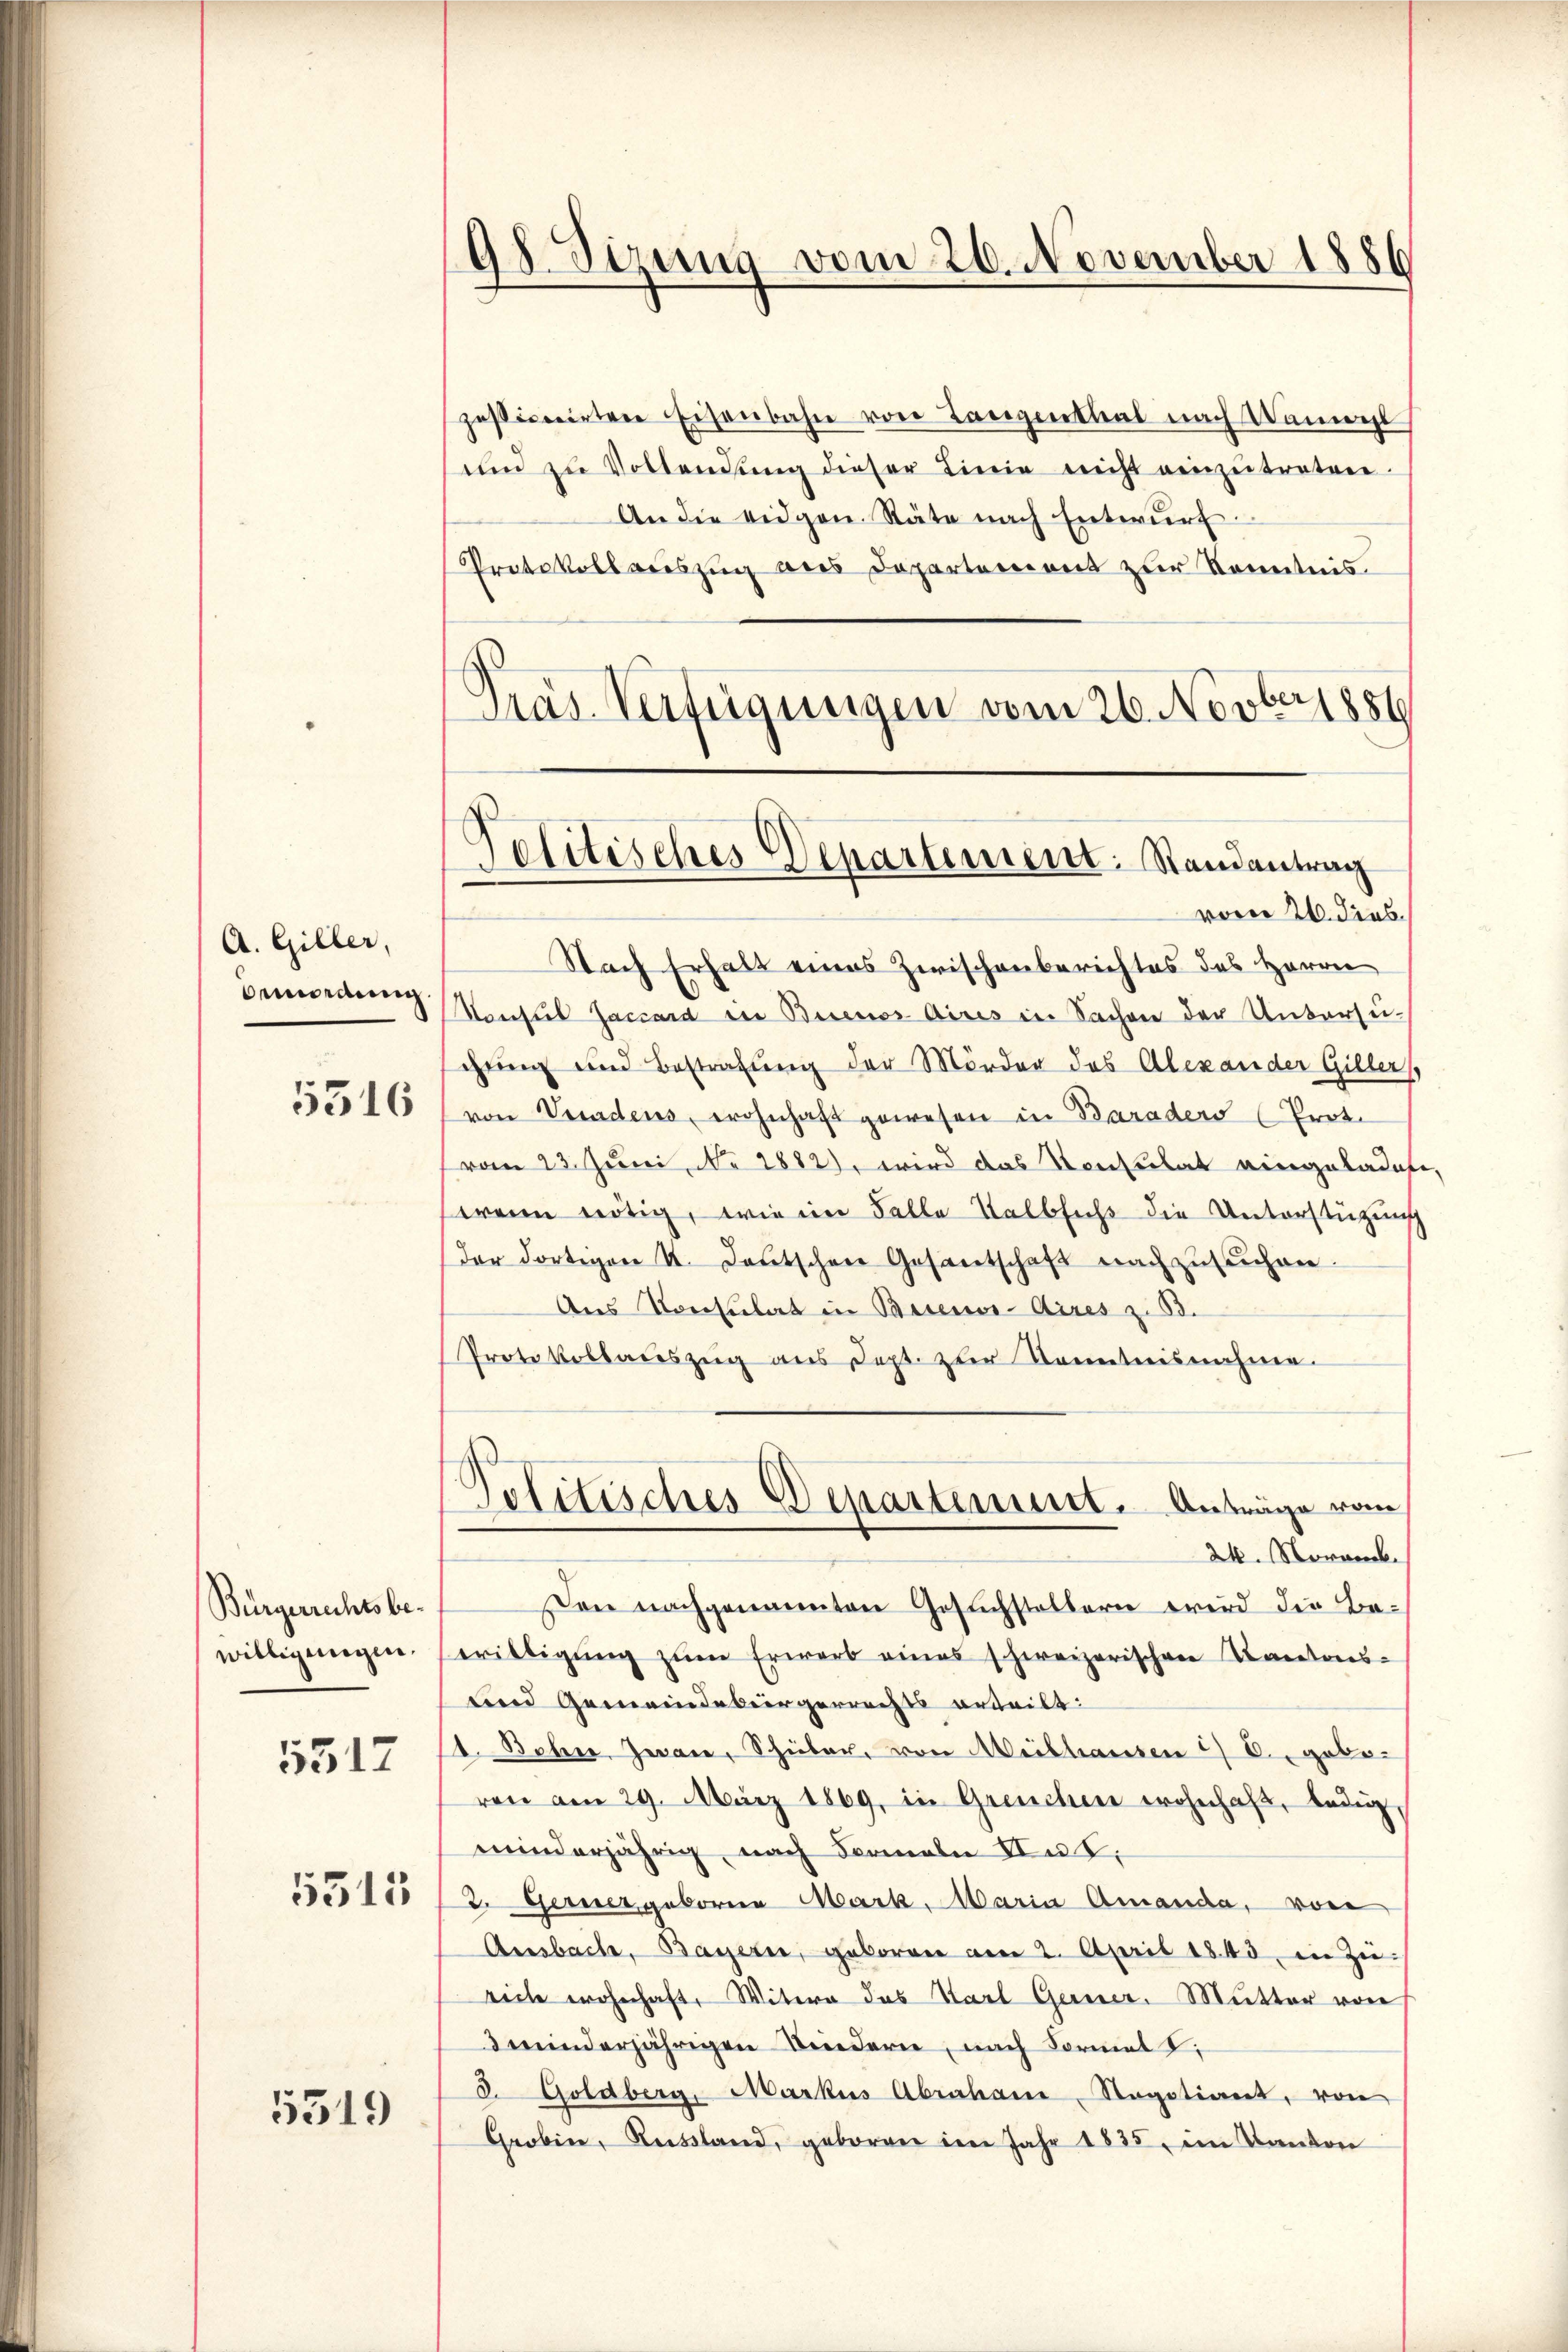
A. Giller,
benordnung

5516

Bürgerrechtsbewilligungen.
5517
5315

5519

pessionirten Eisenbahn von Langenthal nach Nament
und zu Vollendŭng dieser Linie nicht einzŭtreten.
An die eidgen. Räte nach Entwŭrf
Protokollauszug aus Departement zur Kenntnis.
Präs. Verfügungen vom 26. Novber 1886

98 Sizung vom 20. November 1886

Politisches Departement. Randantrag
vom 26. dies

d
Politisches Departement. Anträge vom

Nach Erhalt eines Zwischenberichtes des Herrn
Konsul Jacsard in Buenos Aires in Sachen der Untersuschung und Bestrafung der Mörder des Alexander Gillers
von Veradens, wohnhaft gewesen in Baraders (Prot.
vom 23. Juni, No 1882 wird das Konsulat eingeladete,
wenn nötig, wie im Falle Kalbsechs die Unterstützung
der dortigen I. Deutschen Gesantschaft nachzusuchen.
Aus Konsulat in Beienor-Aires z. B.
Protokollaceszeig aus Sept. zur Kenntnisnahme.
24. Noranck.
on nachgenannten Gesuchstellern wird die Be-
willigŭng zŭm Erwarb eines schweizerischen Kantons-
und Gemeindebürgerrechts erteilt:
1. Behre. Jean, Schuber, von Meibhausen & B. geboven am 29. März 1869, in Greuchen wohnhaft, ledigminderjährig, nach Formeln dat.
2. Gerner geboren Mark- Maria Amanda, vor
Ansbache, Bayern, geboren am 2. April 1843 in Zuviehe wohnhaft, Witern das Karl Gerner Mutter von
3 minderjährigen Bindern, nach Formal
2. Goldberg, Markus Abrahan-Regotiant, von
Grobin, Russland, geboren im Jahr 1835, im Kanton